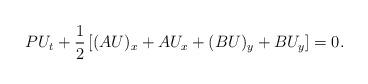
LaTeX: \begin{align*}P U_t + \frac{1}{2}\left[ (A U)_x + A U_x + (B U)_y + B U_y \right]= 0.\end{align*}